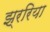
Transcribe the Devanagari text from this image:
झ्ररिया